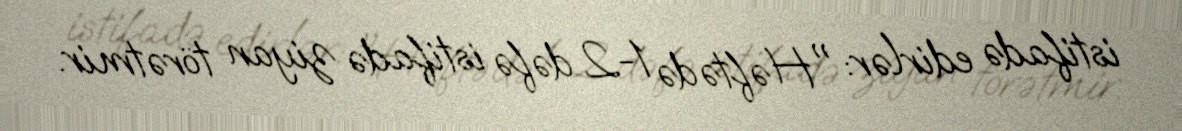
istifadə edirlər: "Həftədə 1-2 dəfə istifadə ziyan törətmir.